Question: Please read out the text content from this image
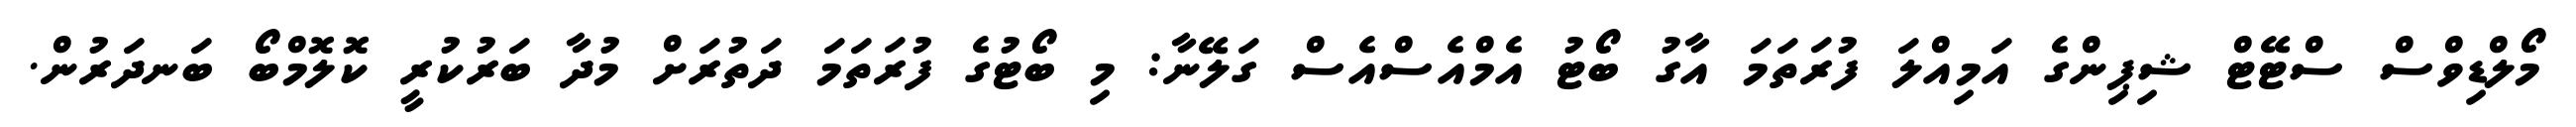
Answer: މޯލްޑިވްސް ސްޓޭޓް ޝިޕިންގެ އަމިއްލަ ފުރަތަމަ އާގު ބޯޓު އެމްއެސްއެސް ގަލޭނާ: މި ބޯޓުގެ ފުރަތަމަ ދަތުރަށް މުދާ ބަރުކުރީ ކޮލޮމްބޯ ބަނދަރުން.